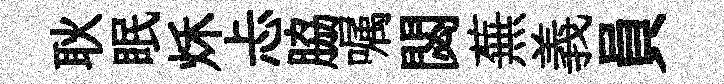
耿眠秌忐脇嘱閟蕪義員